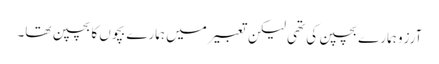
آرزو ہمارے بچپن کی تھی لیکن تعبیر میں ہمارے بچوں کا بچپن تھا۔